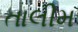
તાલીમ